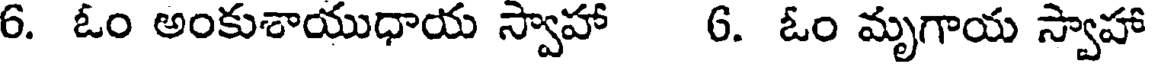
6. ఓం అంకుశాయుధాయ స్వాహా 6. ఓం మృగాయ స్వాహా